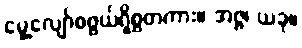
မွေ့လျော်စဖွယ်ရှိစွတကား။ အဇ္ဇ၊ ယခု။